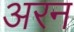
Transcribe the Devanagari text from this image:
अरन